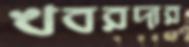
খবরদার